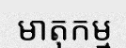
មាតុកម្ម